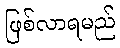
ဖြစ်လာရမည်